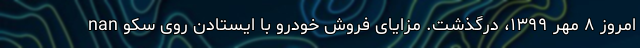
امروز ۸ مهر ۱۳۹۹، درگذشت. مزایای فروش خودرو با ایستادن روی سکو nan